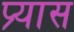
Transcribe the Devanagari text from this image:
प्र्यास